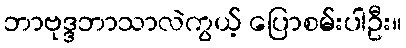
ဘာဗုဒ္ဒဘာသာလဲကွယ့် ပြောစမ်းပါဦး။